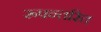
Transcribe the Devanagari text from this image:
रूपन्तरित